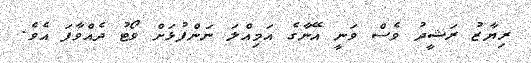
ރިޔާޒު ރަޝީދު ވެސް ވަނީ އޭނާގެ އަމިއްލަ ނަންފުޅަށް ވޯޓު ދެއްވާފަ އެވެ.